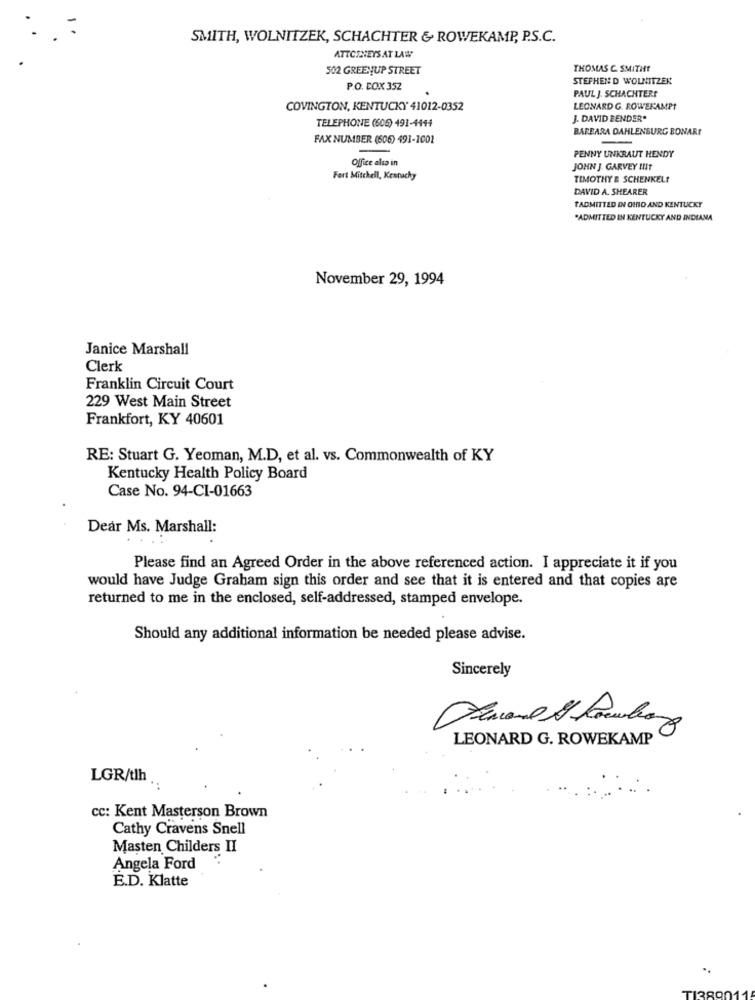
SMITH, WOLNITZEK, SCHACHTER & ROWEKAMP, P.S.C.
ATTCINEYS AT LAW
502 GREENUP STREET
THOMAS C. SMITHT
STEPHEN D WOLNITZEK
P.O. BOX 352
PAUL J. SCHACHTERE
COVINGTON, KENTUCKY 41012-0352
LEONARD G. ROWERAMPT
TELEPHONE (606) 491-4444
J. DAVID BENDER"
BARBARA DAHLENBURG BONARI
FAX NUMBER (506) 491-1001
PENNY UNKRAUT HENDY
Office also in
JOHN J. GARVEY INT
Fert Mitchell, Kennachy
TIMOTHY & SCHENKEL?
DAVID A. SHEARER
TADMITTED IN OHIO AND KENTUCKY
"ADMITTED IN KENTUCKY AND INDIANA
November 29, 1994
Janice Marshall
Clerk
Franklin Circuit Court
229 West Main Street
Frankfort, KY 40601
RE: Stuart G. Yeoman, M.D, et al. vs. Commonwealth of KY
Kentucky Health Policy Board
Case No. 94-CI-01663
Dear Ms. Marshall:
..
Please find an Agreed Order in the above referenced action. I appreciate it if you
would have Judge Graham sign this order and see that it is entered and that copies are
returned to me in the enclosed, self-addressed, stamped envelope.
Should any additional information be needed please advise.
Sincerely
LEONARD G. ROWEKAMP
LGR/tlh
cc: Kent Masterson Brown
Cathy Cravens Snell
Masten Childers II
Angela Ford
E.D. Klatte